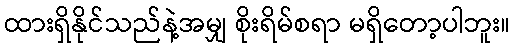
ထားရှိနိုင်သည်နဲ့အမျှ စိုးရိမ်စရာ မရှိတော့ပါဘူး။